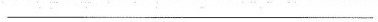
___